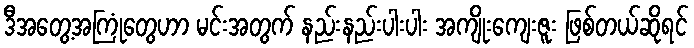
ဒီအတွေ့အကြုံတွေဟာ မင်းအတွက် နည်းနည်းပါးပါး အကျိုးကျေးဇူး ဖြစ်တယ်ဆိုရင်